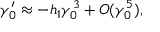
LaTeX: \gamma _ { 0 } ^ { \prime } \approx - h _ { 1 } \gamma _ { 0 } ^ { 3 } + { \cal { O } } ( \gamma _ { 0 } ^ { 5 } ) ,